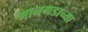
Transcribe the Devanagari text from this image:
मानगडाच्या